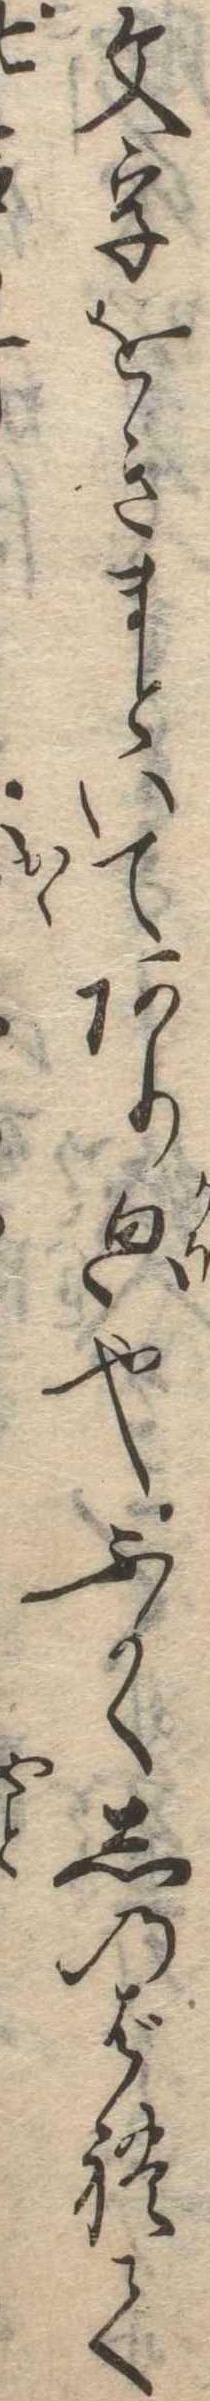
文字をきまどいてあり也ふかくしのばれて